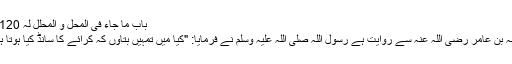
باب ما جاء فی المحل و المحلل لہ 1120)
عقبہ بن عامر رضی اللہ عنہ سے روایت ہے رسول اللہ صلی اللہ علیہ وسلم نے فرمایا: "کیا میں تمہیں بتاؤں کہ کرائے کا سانڈ کیا ہوتا ہے۔